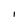
Character: I